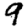
Digit: 9